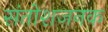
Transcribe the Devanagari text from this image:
संतोशजनक